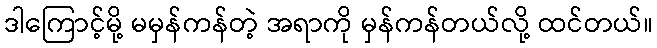
ဒါကြောင့်မို့ မမှန်ကန်တဲ့ အရာကို မှန်ကန်တယ်လို့ ထင်တယ်။